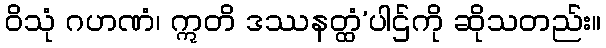
ဝိသုံ ဂဟဏံ၊ ဣတိ ဒဿနတ္ထံ’ပါဌ်ကို ဆိုသတည်း။